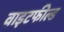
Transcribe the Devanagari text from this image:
वाइटफील्ड